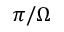
\pi / \Omega